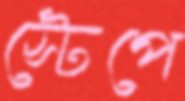
স্টেপে